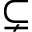
\subsetneq